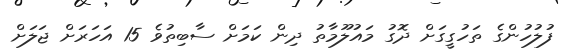
ފުލުހުންގެ ތަހުގީގަށް ދޮގު މައުލޫމާތު ދިން ކަމަށް ސާބިތުވެ 15 އަހަރަށް ޖަލަށް